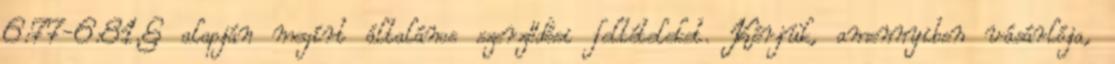
6:77-6:81.§ alapján megírt általános szerződési feltételeket. Kérjük, amennyiben vásárlója,